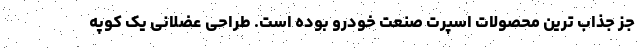
جز جذاب ترین محصولات اسپرت صنعت خودرو بوده است. طراحی عضلانی یک کوپه